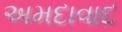
અમદાવાદ